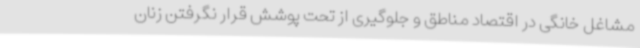
مشاغل خانگی در اقتصاد مناطق و جلوگیری از تحت پوشش قرار نگرفتن زنان